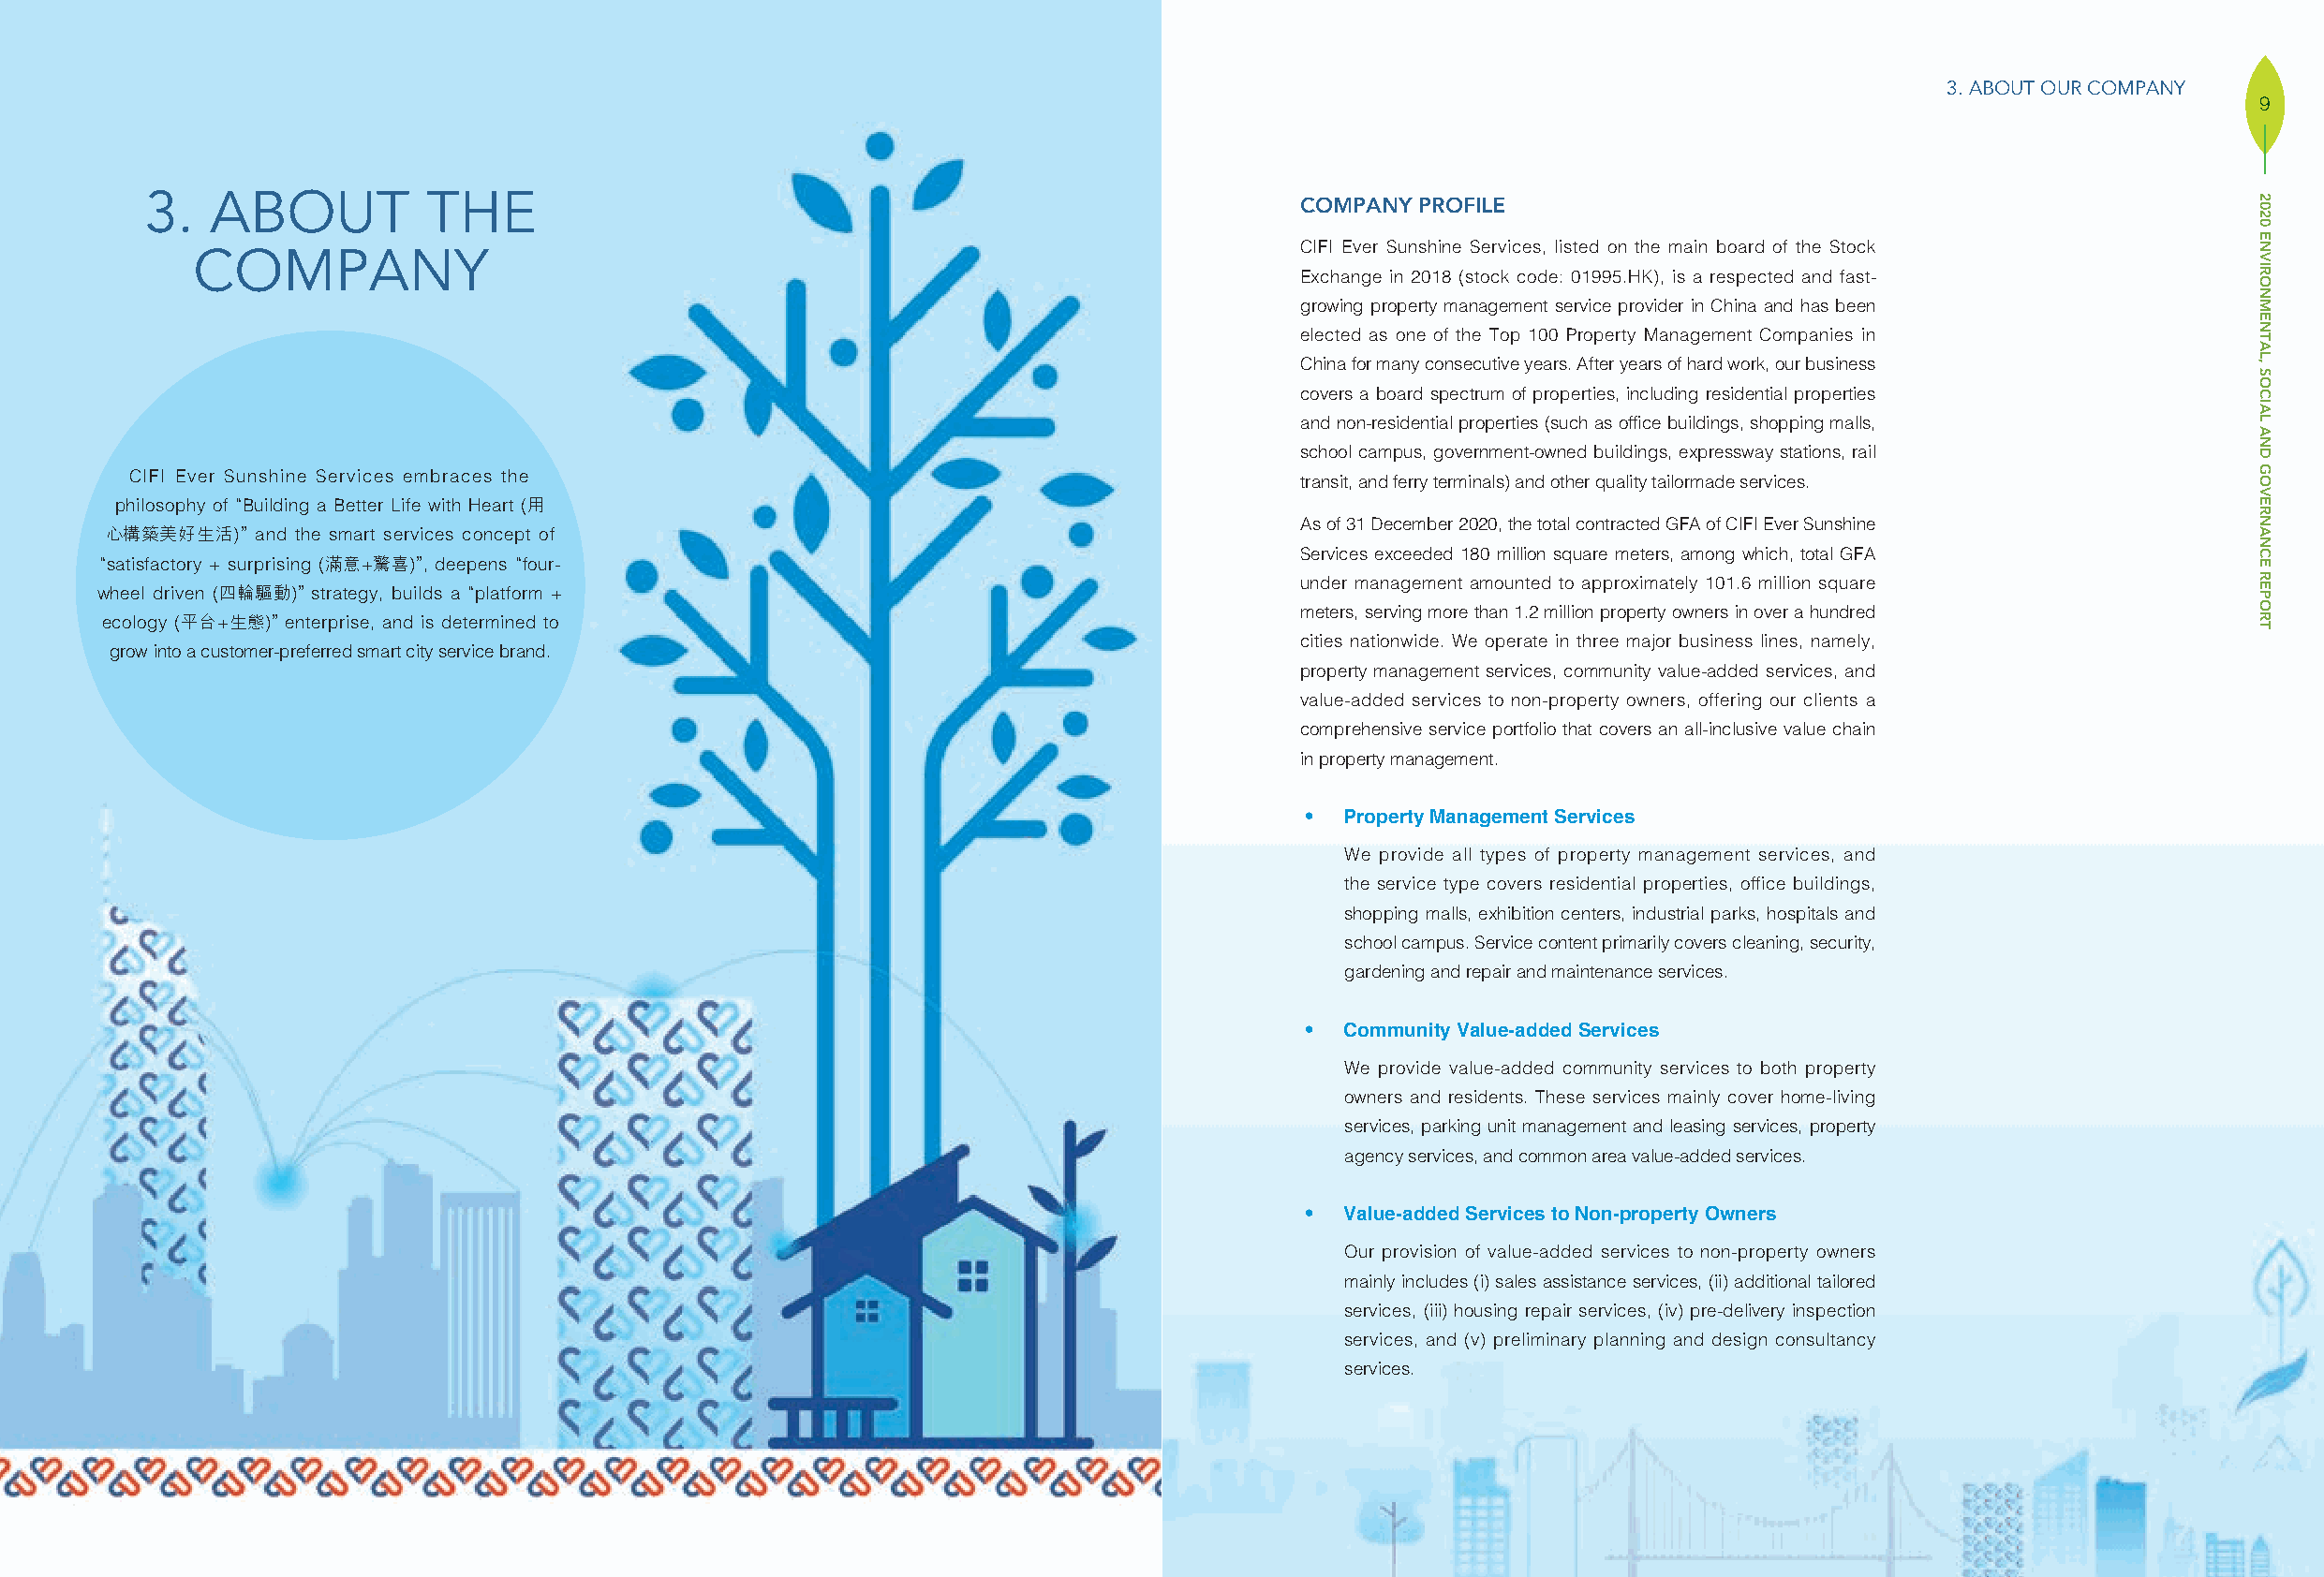
3. ABOUT OUR COMPANY
 9
 3.   ABOUT          THE                                                           COMPANY PROFILE
 CIFI Ever Sunshine Services, listed on the main board of the Stock
 COMPANY
 Exchange in 2018 (stock code: 01995.HK), is a respected and fast-
 growing property management service provider in China and has been
 elected as one of the Top 100 Property Management Companies in
 China for many consecutive years. After years of hard work, our business
 covers a board spectrum of properties, including residential properties
 and non-residential properties (such as office buildings, shopping malls,
 school campus, government-owned buildings, expressway stations, rail
 CIFI Ever Sunshine Services embraces the                                           transit, and ferry terminals) and other quality tailormade services.
 philosophy of “Building a Better Life with Heart (用
 As of 31 December 2020, the total contracted GFA of CIFI Ever Sunshine
 心構築美好生活)”  and the smart services concept of
 Services exceeded 180 million square meters, among which, total GFA
 “satisfactory + surprising (滿意+驚喜)”, deepens “four-
 under management amounted to approximately 101.6 million square
 wheel driven (四輪驅動)” strategy, builds a “platform +
 meters, serving more than 1.2 million property owners in over a hundred
 ecology (平台+生態)” enterprise, and is determined to
 cities nationwide. We operate in three major business lines, namely,
 grow into a customer-preferred smart city service brand.
 property management services, community value-added services, and
 value-added services to non-property owners, offering our clients a
 comprehensive service portfolio that covers an all-inclusive value chain
 in property management.
 ‧  Property Management Services
 We provide all types of property management services, and
 the service type covers residential properties, office buildings,
 shopping malls, exhibition centers, industrial parks, hospitals and
 school campus. Service content primarily covers cleaning, security,
 gardening and repair and maintenance services.
 ‧  Community Value-added Services
 We provide value-added community services to both property
 owners and residents. These services mainly cover home-living
 services, parking unit management and leasing services, property
 agency services, and common area value-added services.
 ‧  Value-added Services to Non-property Owners
 Our provision of value-added services to non-property owners
 mainly includes (i) sales assistance services, (ii) additional tailored
 services, (iii) housing repair services, (iv) pre-delivery inspection
 services, and (v) preliminary planning and design consultancy
 services.
 2020
 ENVIRONMENTAL,
 SOCIAL
 AND
 GOVERNANCE
 REPORT